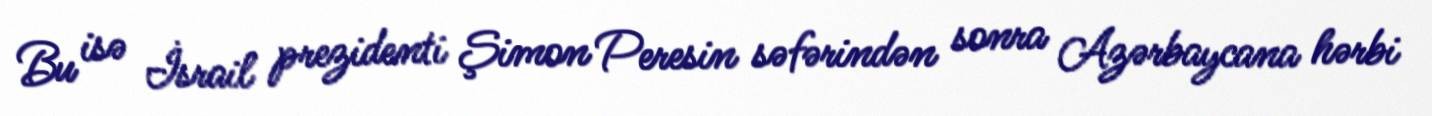
Bu isə İsrail prezidenti Şimon Peresin səfərindən sonra Azərbaycana hərbi